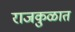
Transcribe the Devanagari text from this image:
राजकुळात